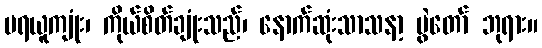
မရယူကျုံး၊ ကိုယ်စိတ်ချုံးသည်၊ နောက်ဆုံးသာသနာ့ ပွဲတော် ဘုရား။